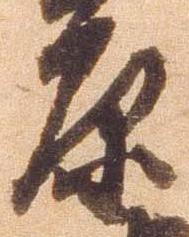
原